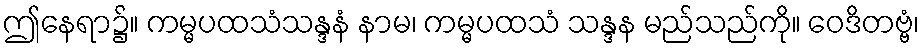
ဤနေရာ၌။ ကမ္မပထသံသန္ဒနံ နာမ၊ ကမ္မပထသံ သန္ဒန မည်သည်ကို။ ဝေဒိတဗ္ဗံ၊